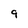
Character: 9